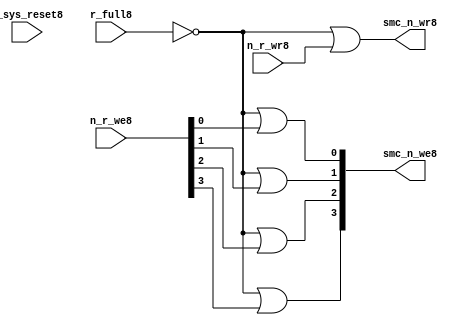
//File8 name   : smc_wr_enable_lite8.v
//Title8       : 
//Created8     : 1999
//Description8 : 
//Notes8       : 
//----------------------------------------------------------------------
//   Copyright8 1999-2010 Cadence8 Design8 Systems8, Inc8.
//   All Rights8 Reserved8 Worldwide8
//
//   Licensed8 under the Apache8 License8, Version8 2.0 (the
//   "License8"); you may not use this file except8 in
//   compliance8 with the License8.  You may obtain8 a copy of
//   the License8 at
//
//       http8://www8.apache8.org8/licenses8/LICENSE8-2.0
//
//   Unless8 required8 by applicable8 law8 or agreed8 to in
//   writing, software8 distributed8 under the License8 is
//   distributed8 on an "AS8 IS8" BASIS8, WITHOUT8 WARRANTIES8 OR8
//   CONDITIONS8 OF8 ANY8 KIND8, either8 express8 or implied8.  See
//   the License8 for the specific8 language8 governing8
//   permissions8 and limitations8 under the License8.
//----------------------------------------------------------------------


  module smc_wr_enable_lite8 (

                      //inputs8                      

                      n_sys_reset8,
                      r_full8,
                      n_r_we8,
                      n_r_wr8,

                      //outputs8

                      smc_n_we8,
                      smc_n_wr8);

//I8/O8
   
   input             n_sys_reset8;   //system reset
   input             r_full8;    // Full cycle write strobe8
   input [3:0]       n_r_we8;    //write enable from smc_strobe8
   input             n_r_wr8;    //write strobe8 from smc_strobe8
   output [3:0]      smc_n_we8;  // write enable (active low8)
   output            smc_n_wr8;  // write strobe8 (active low8)
   
   
//output reg declaration8.
   
   reg [3:0]          smc_n_we8;
   reg                smc_n_wr8;

//----------------------------------------------------------------------
// negedge strobes8 with clock8.
//----------------------------------------------------------------------
      

//----------------------------------------------------------------------
      
//--------------------------------------------------------------------
// Gate8 Write strobes8 with clock8.
//--------------------------------------------------------------------

  always @(r_full8 or n_r_we8)
  
  begin
  
     smc_n_we8[0] = ((~r_full8  ) | n_r_we8[0] );

     smc_n_we8[1] = ((~r_full8  ) | n_r_we8[1] );

     smc_n_we8[2] = ((~r_full8  ) | n_r_we8[2] );

     smc_n_we8[3] = ((~r_full8  ) | n_r_we8[3] );

  
  end

//--------------------------------------------------------------------   
//write strobe8 generation8
//--------------------------------------------------------------------   

  always @(n_r_wr8 or r_full8 )
  
     begin
  
        smc_n_wr8 = ((~r_full8 ) | n_r_wr8 );
       
     end

endmodule // smc_wr_enable8